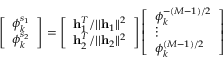
\left[ \begin{array} { l } { \phi _ { k } ^ { s _ { 1 } } } \\ { \phi _ { k } ^ { s _ { 2 } } } \end{array} \right] = \left[ \begin{array} { l } { \mathbf { h } _ { 1 } ^ { T } / | | \mathbf { h } _ { 1 } | | ^ { 2 } } \\ { \mathbf { h } _ { 2 } ^ { T } / | | \mathbf { h } _ { 2 } | | ^ { 2 } } \end{array} \right] \left[ \begin{array} { l } { \phi _ { k } ^ { - ( M - 1 ) / 2 } } \\ { \vdots } \\ { \phi _ { k } ^ { ( M - 1 ) / 2 } } \end{array} \right]